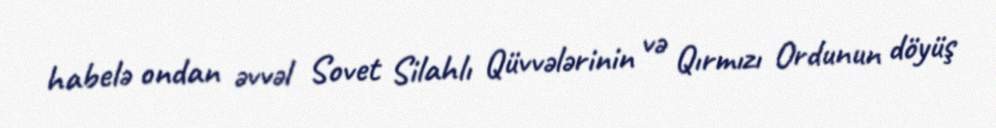
habelə ondan əvvəl Sovet Silahlı Qüvvələrinin və Qırmızı Ordunun döyüş